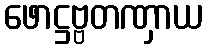
ဖောဋ္ဌဗ္ဗတဏှာယ